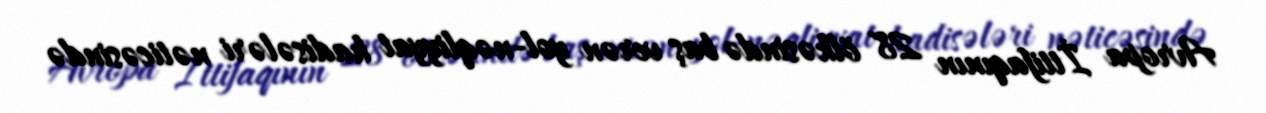
Avropa İttifaqının 28 ölkəsində baş verən yol-nəqliyyat hadisələri nəticəsində